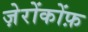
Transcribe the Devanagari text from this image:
ज़ेरोंकोंफ़